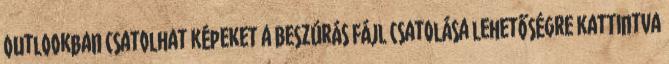
Outlookban csatolhat képeket a Beszúrás Fájl csatolása lehetőségre kattintva